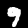
Digit: 9